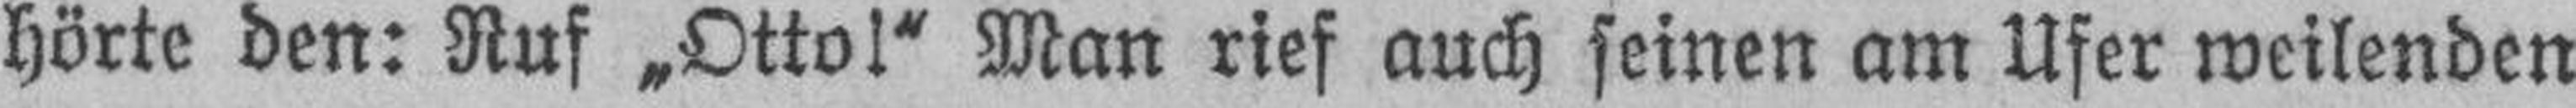
hörte den: Ruf „Otto!“ Man rief auch seinen am Ufer weilenden